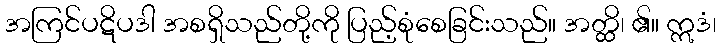
အကြင်ပဋိပဒါ အစရှိသည်တို့ကို ပြည့်စုံစေခြင်းသည်။ အတ္ထိ၊ ၏။ ဣဒံ၊